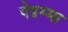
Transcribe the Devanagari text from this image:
पेद्दम्मा